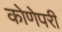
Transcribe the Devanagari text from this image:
कोणेपरी